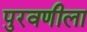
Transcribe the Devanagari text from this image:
पुरवणीला